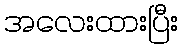
အလေးထားပြီး